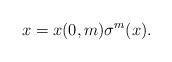
LaTeX: \begin{align*}x=x(0,m)\sigma^m(x).\end{align*}